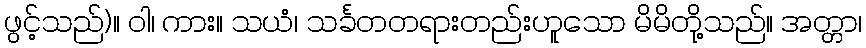
ဖွင့်သည်)။ ဝါ၊ ကား။ သယံ၊ သင်္ခတတရားတည်းဟူသော မိမိတို့သည်။ အတ္တာ၊